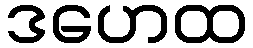
ဒဟေထ